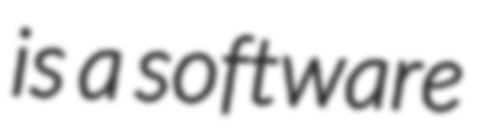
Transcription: is a software